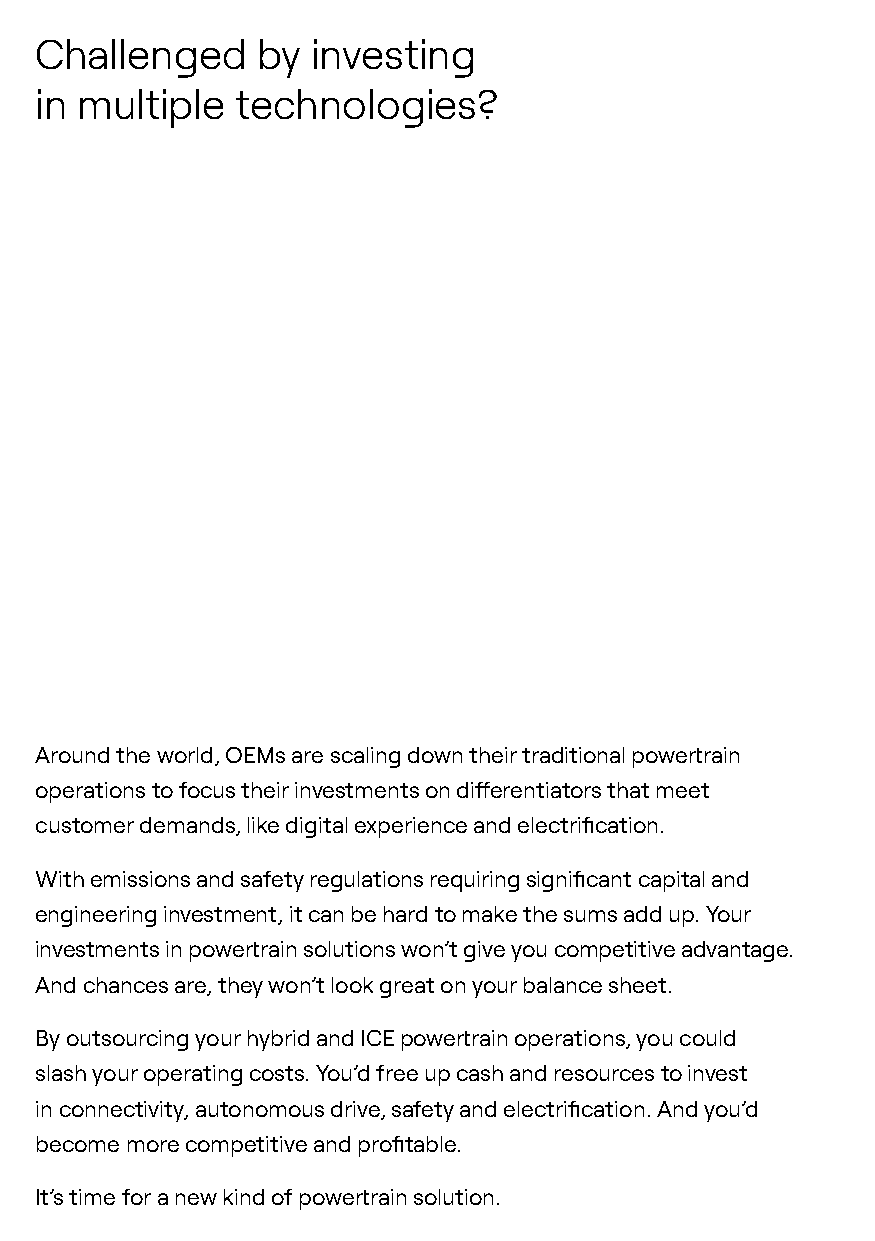
Challenged     by  investing
 in multiple   technologies?
 Around the world, OEMs are scaling down their traditional powertrain
 operations to focus their investments on differentiators that meet
 customer demands, like digital experience and electrification.
 With emissions and safety regulations requiring significant capital and
 engineering investment, it can be hard to make the sums add up. Your
 investments in powertrain solutions won’t give you competitive advantage.
 And chances are, they won’t look great on your balance sheet.
 By outsourcing your hybrid and ICE powertrain operations, you could
 slash your operating costs. You’d free up cash and resources to invest
 in connectivity, autonomous drive, safety and electrification. And you’d
 become more competitive and profitable.
 It’s time for a new kind of powertrain solution.